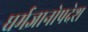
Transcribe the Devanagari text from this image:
धर्मज्ञानोपदेश